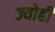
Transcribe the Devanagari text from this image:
ज्योहीं